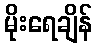
မိုးရေချိန်